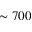
\sim 7 0 0